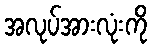
အလုပ်အားလုံးကို